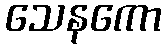
သေနကော